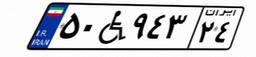
۵۰W۹۴۳۲۴